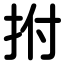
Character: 拊